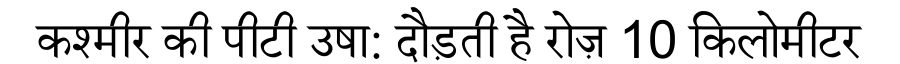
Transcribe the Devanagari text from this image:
कश्मीर की पीटी उषा: दौड़ती है रोज़ 10 किलोमीटर